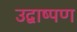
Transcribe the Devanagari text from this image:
उद्वाष्पण